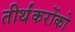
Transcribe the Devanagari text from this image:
तीर्थंकरोंको